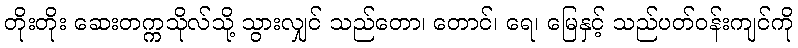
တိုးတိုး ဆေးတက္ကသိုလ်သို့ သွားလျှင် သည်တော၊ တောင်၊ ရေ၊ မြေနှင့် သည်ပတ်ဝန်းကျင်ကို